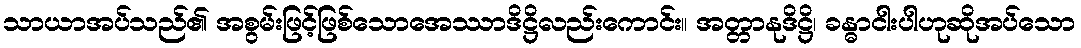
သာယာအပ်သည်၏ အစွမ်းဖြင့်ဖြစ်သောအေဿာဒိဋ္ဌိလည်းကောင်း။ အတ္တာနုဒိဋ္ဌိ၊ ခန္ဓာငါးပါဟုဆိုအပ်သော